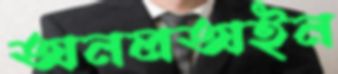
অনলঅইন